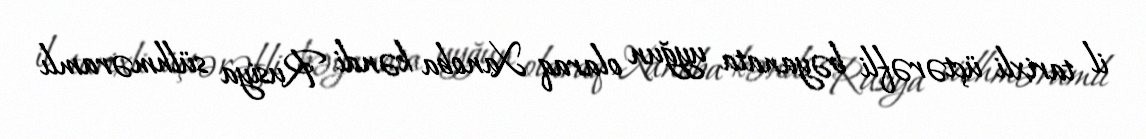
il tarixli üçtərəfli bəyanata uyğun olaraq Xanoba kəndi Rusiya sülhməramlı